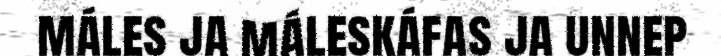
máles ja máleskáfas ja unnep